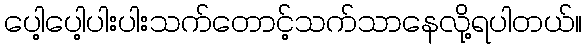
ပေါ့ပေါ့ပါးပါးသက်တောင့်သက်သာနေလို့ရပါတယ်။